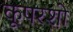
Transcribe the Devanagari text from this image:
कूपरशो